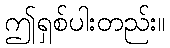
ဤရှစ်ပါးတည်း။